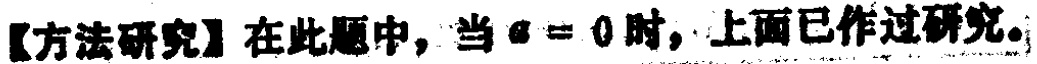
【方法研究】在此题中，当\(a = 0\)时，上面已作过研究。